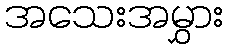
အသေးအမွှား